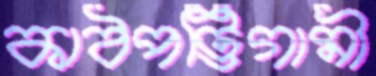
কাঠপট্টিগামী